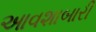
આવશાબારી